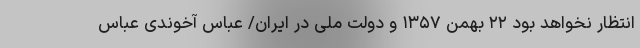
انتظار نخواهد بود ۲۲ بهمن ۱۳۵۷ و دولت ملی در ایران/ عباس آخوندی عباس